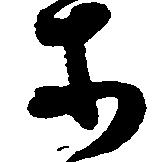
等